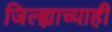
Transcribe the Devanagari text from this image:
जिल्ह्याच्याही